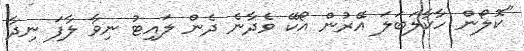
"ކޮލޯން ހާކާލަބަލަ އޭރުން އޯކޭ ވެދާނެ ދެން ލައިޓު ނިވާ ލާފަ ނިދާ